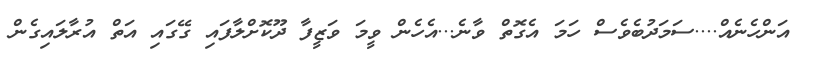
އަންހެނެއް....ސަމަދުބެވެސް ހަމަ އެގޮތް ވާނެ...އެހެން ވީމަ ވަޒީފާ ދޫކޮށްލާފައި ގޭގައި އަތް އުރާލައިގެން